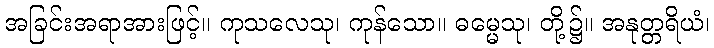
အခြင်းအရာအားဖြင့်။ ကုသလေသု၊ ကုန်သော။ ဓမ္မေသု၊ တို့၌။ အနုတ္တရိယံ၊